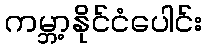
ကမ္ဘာ့နိုင်ငံပေါင်း